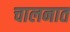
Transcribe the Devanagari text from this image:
चालनात